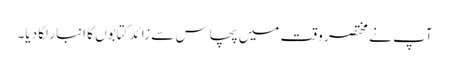
آپ نے مختصر وقت میں پچاس سے زائد کتابوں کا انبار لگا دیا۔